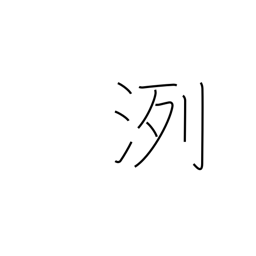
Meaning: pure